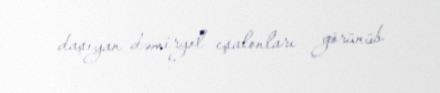
daşıyan dəmiryol eşalonları görünüb.